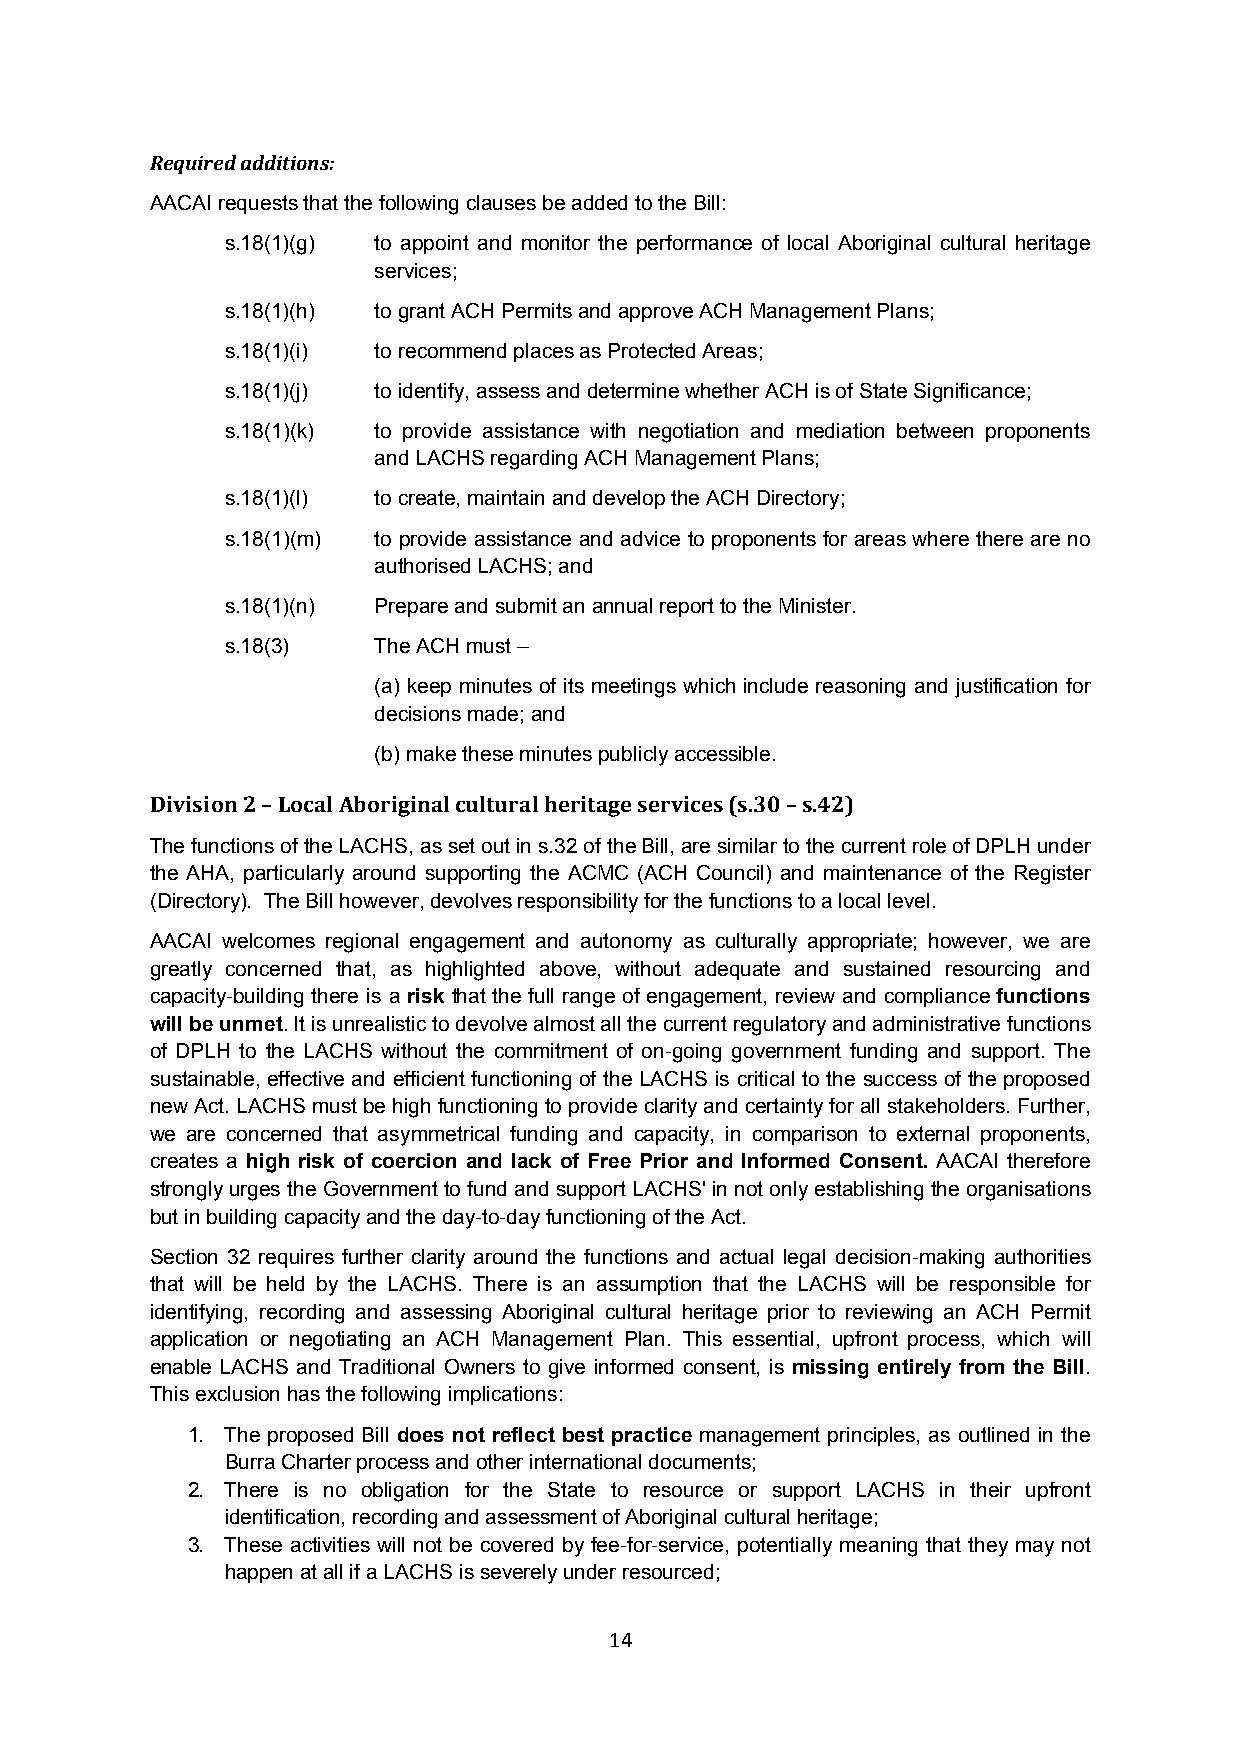
Required additions:
 AACAI requests that the following clauses be added to the Bill:
 s.18(1)(g) to appoint and monitor the performance of local Aboriginal cultural heritage
 services;
 s.18(1)(h) to grant ACH Permits and approve ACH Management Plans;
 s.18(1)(i) to recommend places as Protected Areas;
 s.18(1)(j) to identify, assess and determine whether ACH is of State Significance;
 s.18(1)(k) to provide assistance with negotiation and mediation between proponents
 and LACHS regarding ACH Management Plans;
 s.18(1)(l) to create, maintain and develop the ACH Directory;
 s.18(1)(m) to provide assistance and advice to proponents for areas where there are no
 authorised LACHS; and
 s.18(1)(n) Prepare and submit an annual report to the Minister.
 s.18(3)   The ACH must –
 (a) keep minutes of its meetings which include reasoning and justification for
 decisions made; and
 (b) make these minutes publicly accessible.
 Division 2 – Local Aboriginal cultural heritage services (s.30 – s.42)
 The functions of the LACHS, as set out in s.32 of the Bill, are similar to the current role of DPLH under
 the AHA, particularly around supporting the ACMC (ACH Council) and maintenance of the Register
 (Directory). The Bill however, devolves responsibility for the functions to a local level.
 AACAI welcomes regional engagement and autonomy as culturally appropriate; however, we are
 greatly concerned that, as highlighted above, without adequate and sustained resourcing and
 capacity-building there is a risk that the full range of engagement, review and compliance functions
 will be unmet. It is unrealistic to devolve almost all the current regulatory and administrative functions
 of DPLH to the LACHS without the commitment of on-going government funding and support. The
 sustainable, effective and efficient functioning of the LACHS is critical to the success of the proposed
 new Act. LACHS must be high functioning to provide clarity and certainty for all stakeholders. Further,
 we are concerned that asymmetrical funding and capacity, in comparison to external proponents,
 creates a high risk of coercion and lack of Free Prior and Informed Consent. AACAI therefore
 strongly urges the Government to fund and support LACHS' in not only establishing the organisations
 but in building capacity and the day-to-day functioning of the Act.
 Section 32 requires further clarity around the functions and actual legal decision-making authorities
 that will be held by the LACHS. There is an assumption that the LACHS will be responsible for
 identifying, recording and assessing Aboriginal cultural heritage prior to reviewing an ACH Permit
 application or negotiating an ACH Management Plan. This essential, upfront process, which will
 enable LACHS and Traditional Owners to give informed consent, is missing entirely from the Bill.
 This exclusion has the following implications:
 1. The proposed Bill does not reflect best practice management principles, as outlined in the
 Burra Charter process and other international documents;
 2. There is no obligation for the State to resource or support LACHS in their upfront
 identification, recording and assessment of Aboriginal cultural heritage;
 3. These activities will not be covered by fee-for-service, potentially meaning that they may not
 happen at all if a LACHS is severely under resourced;
 14